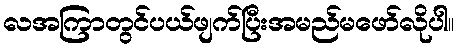
လအကြာတွင်ပယ်ဖျက်ပြီးအမည်မဖော်လိုပါ။